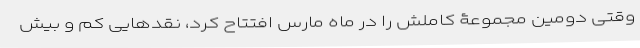
وقتی دومین مجموعۀ کاملش را در ماه مارس افتتاح کرد، نقدهایی کم و بیش